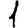
Digit: 1